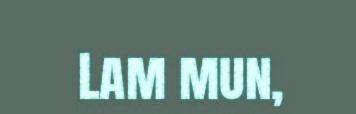
Lam mun,